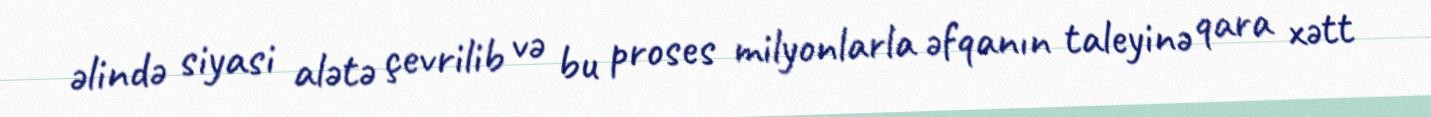
əlində siyasi alətə çevrilib və bu proses milyonlarla əfqanın taleyinə qara xətt